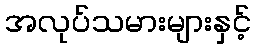
အလုပ်သမားများနှင့်